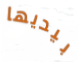
بيديها